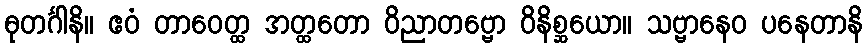
ဓုတင်္ဂါနိ။ ဧဝံ တာဝေတ္ထ အတ္ထတော ဝိညာတဗ္ဗော ဝိနိစ္ဆယော။ သဗ္ဗာနေဝ ပနေတာနိ